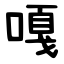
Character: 嘎